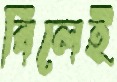
বিলেই